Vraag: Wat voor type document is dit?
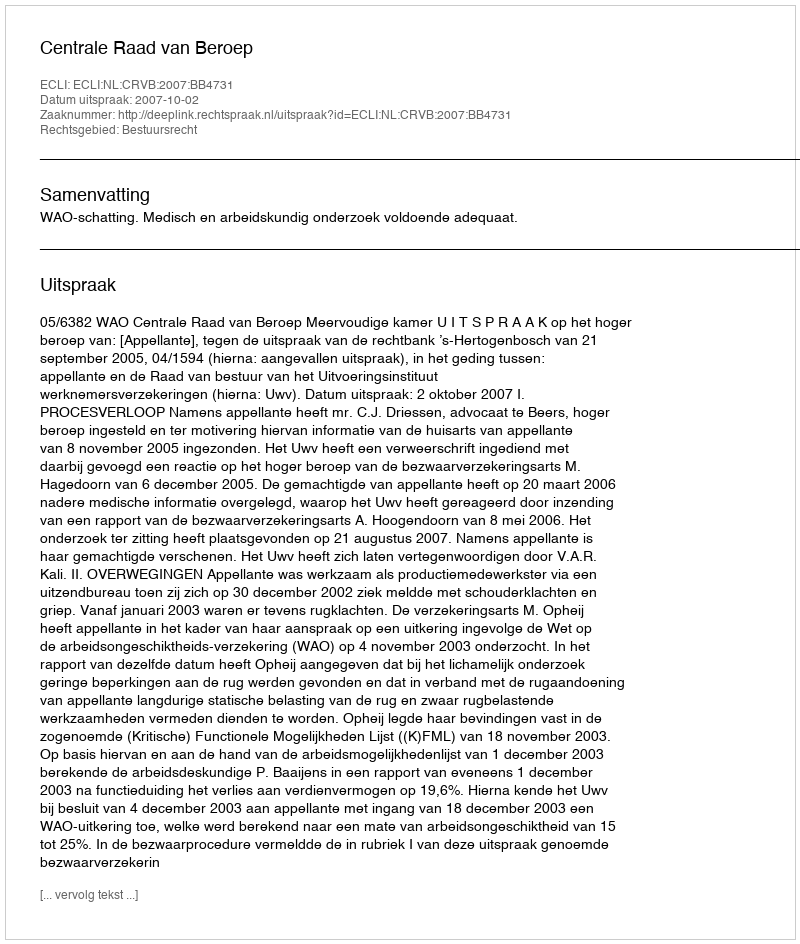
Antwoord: Uitspraak